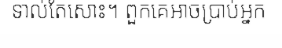
ទាល់តែសោះ។ ពួកគេអាចប្រាប់អ្នក